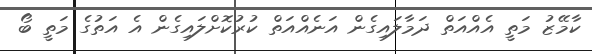
ކާމޭޒު މަތީ އެއްއަތް ދަމާލައިގެން އަނެއްއަތް ކުރުކޮށްލައިގެން އެ އަތުގެ މަތީ ބޯ